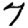
Digit: 7